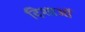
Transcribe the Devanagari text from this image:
दिशाओँ